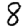
Digit: 8